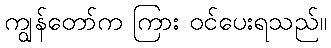
ကျွန်တော်က ကြား ဝင်ပေးရသည်။